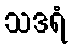
သဒရံ